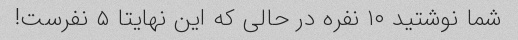
شما نوشتید ۱۰ نفره در حالی که این نهایتا ۵ نفرست!